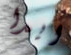
ايدا